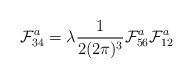
LaTeX: \begin{align*}\mathcal{F}_{34}^a = \lambda \frac{1}{2(2\pi)^3}\mathcal{F}_{56}^a\mathcal{F}_{12}^a\end{align*}